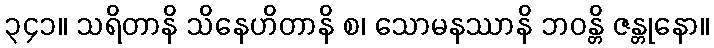
၃၄၁။ သရိတာနိ သိနေဟိတာနိ စ၊ သောမနဿာနိ ဘဝန္တိ ဇန္တုနော။